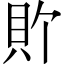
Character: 𫎑